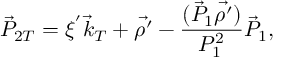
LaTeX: \vec { P } _ { 2 T } = \xi ^ { ' } { \vec { k } } _ { T } + \vec { \rho ^ { \prime } } - { \frac { ( \vec { P } _ { 1 } \vec { \rho ^ { \prime } } ) } { P _ { 1 } ^ { 2 } } } \vec { P } _ { 1 } ,